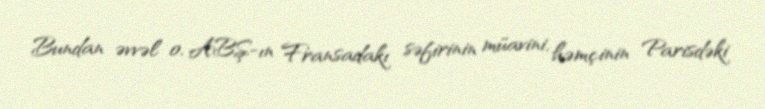
Bundan əvvəl o, ABŞ-ın Fransadakı səfirinin müavini, həmçinin Parisdəki